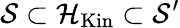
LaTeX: {\mathcal{S}}\subset{\mathcal{H}}_{\mathrm{Kin}}\subset{\mathcal{S}}^{\prime}